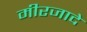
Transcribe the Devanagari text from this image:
मीरजादे